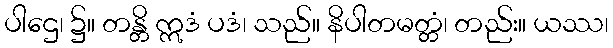
ပါဌေ၊ ၌။ တန္တိ ဣဒံ ပဒံ၊ သည်။ နိပါတမတ္တံ၊ တည်း။ ယဿ၊